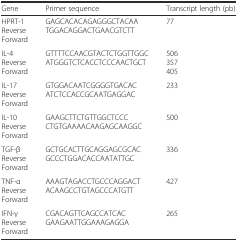
<table><thead><tr><td><b>Gene</b></td><td><b>Primer sequence</b></td><td><b>Transcript length (pb)</b></td></tr></thead><tbody><tr><td>HPRT-1ReverseForward</td><td>GAGCACACAGAGGGCTACAATGGACAGGACTGAACGTCTT</td><td>77</td></tr><tr><td>IL-4ReverseForward</td><td>GTTTTCCAACGTACTCTGGTTGGCATGGGTCTCACCTCCCAACTGCT</td><td>506357405</td></tr><tr><td>IL-17ReverseForward</td><td>GTGGACAATCGGGGTGACACATCTCCACCGCAATGAGGAC</td><td>233</td></tr><tr><td>IL-10ReverseForward</td><td>GAAGCTTCTGTTGGCTCCCCTGTGAAAACAAGAGCAAGGC</td><td>500</td></tr><tr><td>TGF-βReverseForward</td><td>GCTGCACTTGCAGGAGCGCACGCCCTGGACACCAATATTGC</td><td>336</td></tr><tr><td>TNF-αReverseForward</td><td>AAAGTAGACCTGCCCAGGACTACAAGCCTGTAGCCCATGTT</td><td>427</td></tr><tr><td>IFN-γReverseForward</td><td>CGACAGTTCAGCCATCACGAAGAATTGGAAAGAGGA</td><td>265</td></tr></tbody></table>